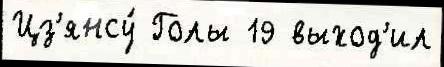
Цз'янсу́ Голы 19 выход'ил